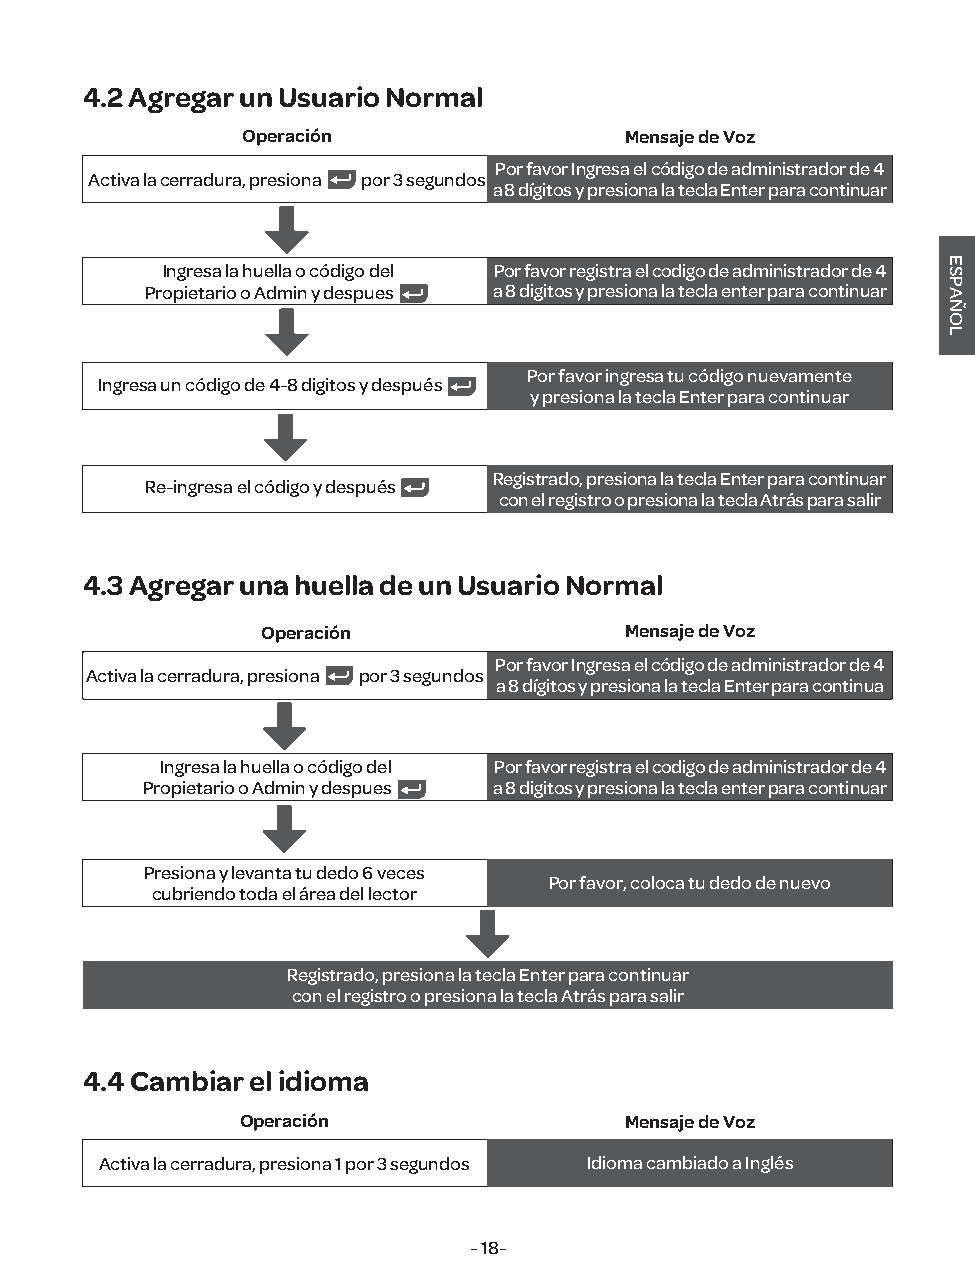
4.2 Agregar un Usuario Normal
 Operación                Mensaje de Voz
 Por favor Ingresa el código de administrador de 4
 Activa la cerradura, presiona por 3 segundos
 a 8 dígitos y presiona la tecla Enter para continuar
 Ingresa la huella o código del Por favor registra el codigo de administrador de 4
 Propietario o Admin y despues a 8 digitos y presiona la tecla enter para continuar
 Por favor ingresa tu código nuevamente
 Ingresa un código de 4-8 digitos y después
 y presiona la tecla Enter para continuar
 Registrado, presiona la tecla Enter para continuar
 Re-ingresa el código y después
 con el registro o presiona la tecla Atrás para salir
 4.3 Agregar una huella de un Usuario Normal
 Operación               Mensaje de Voz
 Por favor Ingresa el código de administrador de 4
 Activa la cerradura, presiona por 3 segundos
 a 8 dígitos y presiona la tecla Enter para continua
 Ingresa la huella o código del Por favor registra el codigo de administrador de 4
 Propietario o Admin y despues a 8 digitos y presiona la tecla enter para continuar
 Presiona y levanta tu dedo 6 veces
 Por favor, coloca tu dedo de nuevo
 cubriendo toda el área del lector
 Registrado, presiona la tecla Enter para continuar
 con el registro o presiona la tecla Atrás para salir
 4.4 Cambiar el idioma
 Operación                Mensaje de Voz
 Activa la cerradura, presiona 1 por 3 segundos Idioma cambiado a Inglés
 - 18-
 ESPAÑOL